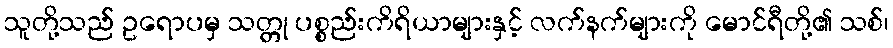
သူတို့သည် ဥရောပမှ သတ္တု ပစ္စည်းကိရိယာများနှင့် လက်နက်များကို မောင်ရီတို့၏ သစ်၊